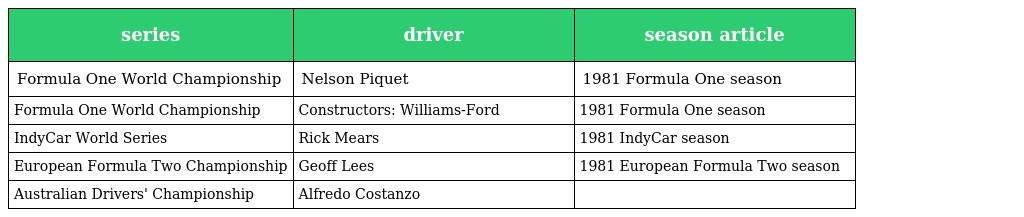
| series | driver | season article |
 | --- | --- | --- |
 | Formula One World Championship | Nelson Piquet | 1981 Formula One season |
 | Formula One World Championship | Constructors: Williams-Ford | 1981 Formula One season |
 | IndyCar World Series | Rick Mears | 1981 IndyCar season |
 | European Formula Two Championship | Geoff Lees | 1981 European Formula Two season |
 | Australian Drivers' Championship | Alfredo Costanzo |  |